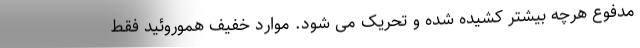
مدفوع هرچه بیشتر کشیده شده و تحریک می شود. موارد خفیف هموروئید فقط